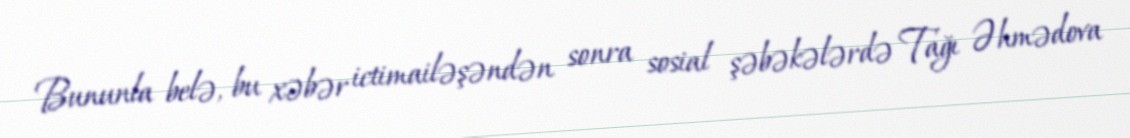
Bununla belə, bu xəbər ictimailəşəndən sonra sosial şəbəkələrdə Tağı Əhmədova